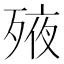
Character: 𣨜